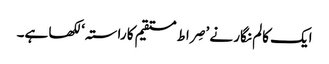
ایک کالم نگار نے ’صِراط مستقیم کا راستہ‘ لکھا ہے۔